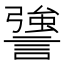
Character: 謽